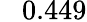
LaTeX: \phantom{-}0.449